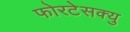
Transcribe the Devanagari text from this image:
फोरटेसक्यु